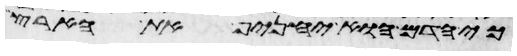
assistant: כי הדם הוא יחניף את הארץ